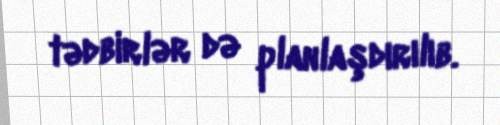
tədbirlər də planlaşdırılıb.